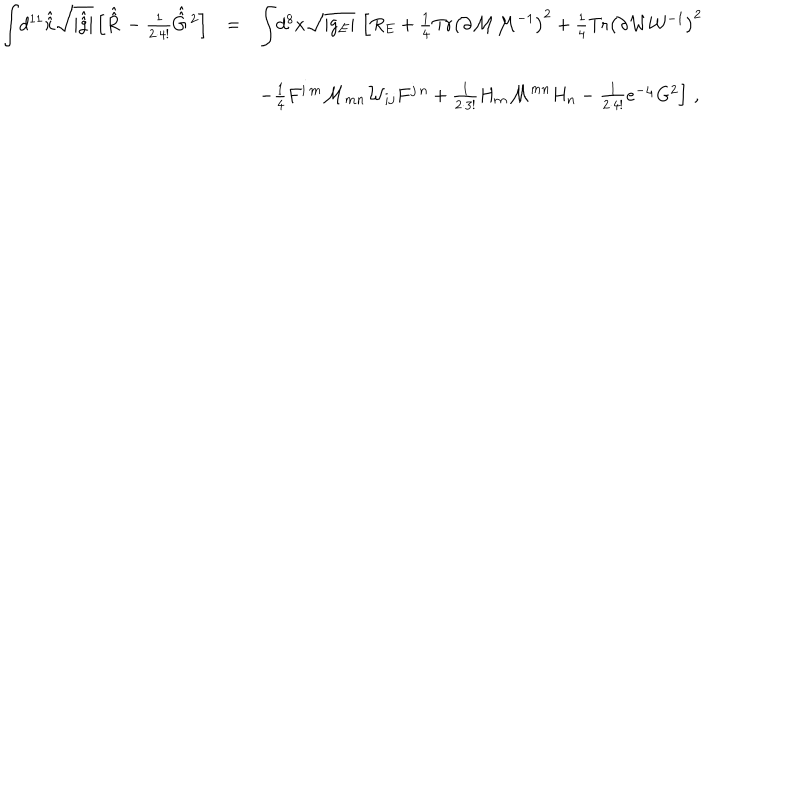
LaTeX: \begin{array} { r c l } { { { \displaystyle \int } d ^ { 1 1 } \hat { \hat { x } } \sqrt { | \hat { \hat { g } } | } \left[ \hat { \hat { R } \, } - \frac { 1 } { 2 \cdot 4 ! } \hat { \hat { G } \, } { } ^ { 2 } \right] } } & { { = } } & { { { \displaystyle \int } d ^ { 8 } x \sqrt { | g _ { E } | } \, \left[ R _ { E } + \frac { 1 } { 4 } \mathrm { T r } \left( \partial { \cal M } { \cal M } ^ { - 1 } \right) ^ { 2 } + \frac { 1 } { 4 } \mathrm { T r } \left( \partial { \cal W } { \cal W } ^ { - 1 } \right) ^ { 2 } \right. } } \\ { { } } & { { } } & { { } } \\ { { } } & { { } } & { { \left. - \frac { 1 } { 4 } F ^ { i \, m } { \cal M } _ { m n } { \cal W } _ { i j } F ^ { j \, n } + \frac { 1 } { 2 \cdot 3 ! } H _ { m } { \cal M } ^ { m n } H _ { n } - \frac { 1 } { 2 \cdot 4 ! } e ^ { - \varphi } G ^ { 2 } \right] \, , } } \\ \end{array}